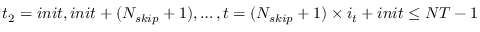
t _ { 2 } = i n i t , i n i t + ( N _ { s k i p } + 1 ) , \ldots , t = ( N _ { s k i p } + 1 ) \times i _ { t } + i n i t \le N T - 1